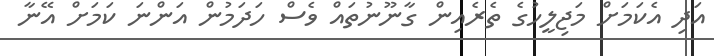
އަދި އެކަމަށް މަޖިލީހުގެ ތެރެއިން ގާނޫނުތައް ވެސް ހަދަމުން އަންނަ ކަމަށް އޭނާ